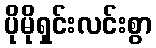
ပိုမိုရှင်းလင်းစွာ